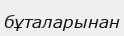
бұталарынан